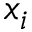
x _ { i }